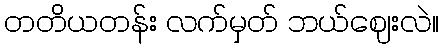
တတိယတန်း လက်မှတ် ဘယ်ဈေးလဲ။